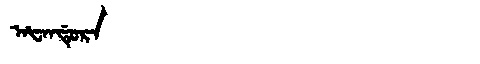
Manchu: ᠠᡶᠠᠨᡩᡠᡵᠠ
Romanization: AFANDURA